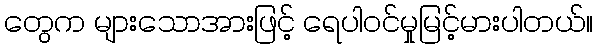
တွေက များသောအားဖြင့် ရေပါဝင်မှုမြင့်မားပါတယ်။